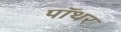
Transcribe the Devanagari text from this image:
पॉथर